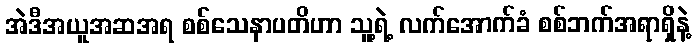
အဲဒီအယူအဆအရ စစ်သေနာပတိဟာ သူ့ရဲ့ လက်အောက်ခံ စစ်ဘက်အရာရှိနဲ့